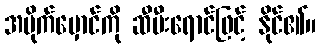
အမိုက်မှောင်ကို ဆီမီးရောင်ဖြင့် နိုင်၏။